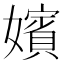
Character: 嬪